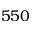
5 5 0